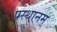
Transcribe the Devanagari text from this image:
प्रस्थानम्